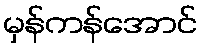
မှန်ကန်အောင်